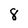
Character: 8